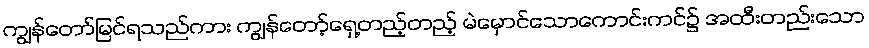
ကျွန်တော်မြင်ရသည်ကား ကျွန်တော့်ရှေ့တည့်တည့် မဲမှောင်သောကောင်းကင်၌ အထီးတည်းသော